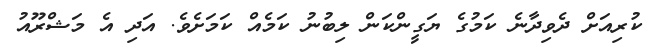
ކުރިއަށް ދެވިދާނެ ކަމުގެ ޔަގީންކަން ލިބުނު ކަމެއް ކަމަށެވެ. އަދި އެ މަޝްރޫއު